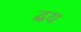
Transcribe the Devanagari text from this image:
द्धय